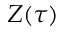
Z ( \tau )